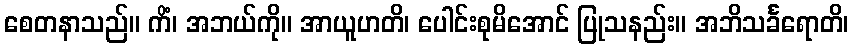
စေတနာသည်။ ကိံ၊ အဘယ်ကို။ အာယူဟတိ၊ ပေါင်းစုမိအောင် ပြုသနည်း။ အဘိသင်္ခရောတိ၊